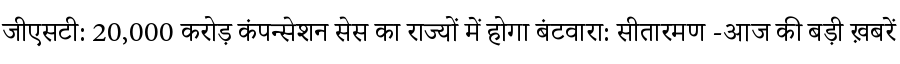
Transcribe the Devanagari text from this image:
जीएसटी: 20,000 करोड़ कंपन्सेशन सेस का राज्यों में होगा बंटवारा: सीतारमण -आज की बड़ी ख़बरें